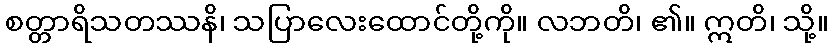
စတ္တာရိသတဿနိ၊ သပြာလေးထောင်တို့ကို။ လဘတိ၊ ၏။ ဣတိ၊ သို့။